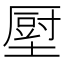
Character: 𡐷